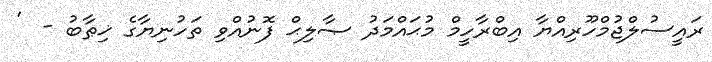
ރައީސުލްޖުމްހޫރިއްޔާ އިބްރާހީމް މުޙައްމަދު ޞާލިޙް ފޮނުއްވި ތަހުނިޔާގެ ޚިޠާބު -  '